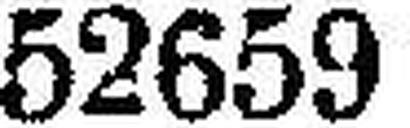
52659